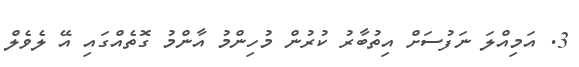
3. އަމިއްލަ ނަފުސަށް އިތުބާރު ކުރުން މުހިންމު އާންމު ގޮތެއްގައި އޭ ލެވެލް